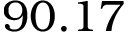
9 0 . 1 7